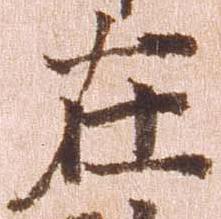
在